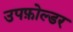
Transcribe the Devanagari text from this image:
उपफ़ोल्डर